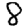
Digit: 8